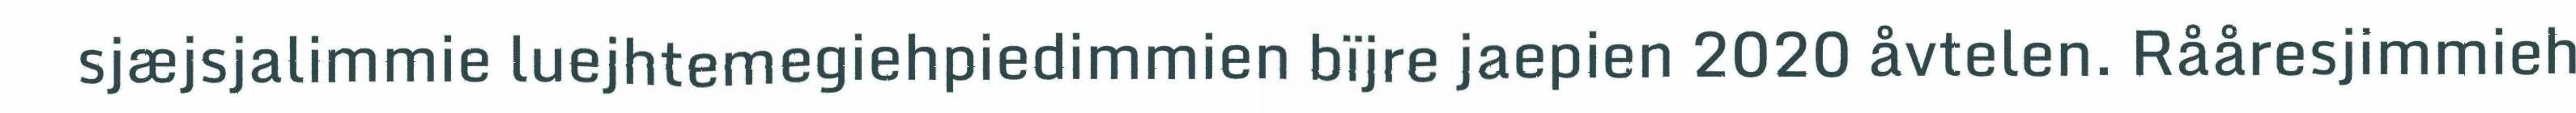
sjæjsjalimmie luejhtemegiehpiedimmien bïjre jaepien 2020 åvtelen. Rååresjimmieh